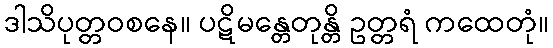
ဒါသိပုတ္တဝစနေ။ ပဋိမန္တေတုန္တိ ဥတ္တရံ ကထေတုံ။